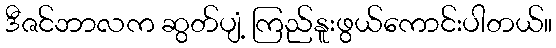
ဒီဇင်ဘာလက ဆွတ်ပျံ့ ကြည်နူးဖွယ်ကောင်းပါတယ်။